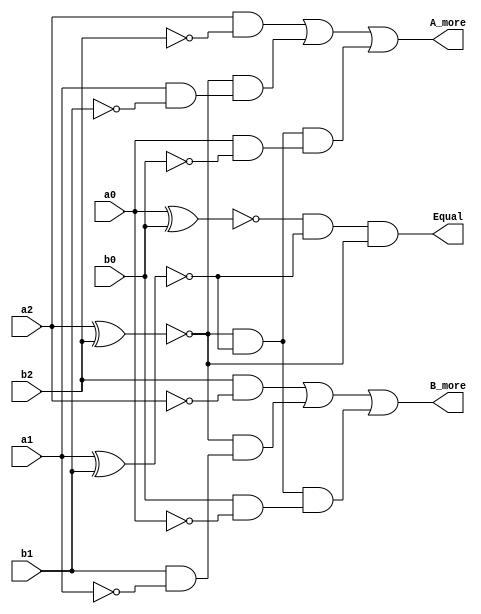
module comparator(a0,a1,a2, b0,b1,b2, Equal, A_more, B_more);
    input a0,a1,a2, b0,b1,b2;
    output Equal, A_more, B_more;
    wire x2,x1,x0;

    xnor (x0,a0,b0);
    xnor (x1,a1,b1);
    xnor (x2,a2,b2);
    
    and (Equal,x0,x1,x2);
    assign A_more = (a2 && (!b2)) || (x2 && (a1 && (!b1)) ) || (x2 && x1 && (a0 && (!b0)) );
    assign B_more = (b2 && (!a2)) || (x2 && (b1 && (!a1)) ) || (x2 && x1 && (b0 && (!a0)) );
endmodule